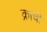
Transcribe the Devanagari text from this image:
क्राची